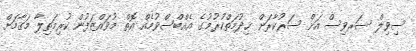
ސިވިލް ސަރވިސް އަށް ސަރުކާރަށް ޚިދުމަތްކުރުމުގެ އެއްބްސްވުމެއް އޮތް މުވައްޒަފުން ކުރިމަތިލާ މަޤާމަށް